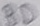
Text: BD